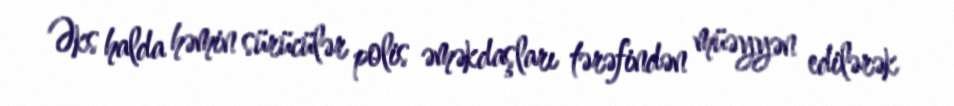
Əks halda həmin sürücülər polis əməkdaşları tərəfindən müəyyən edilərək